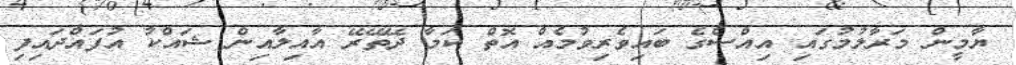
ޔާމީން މަރާލުމުގައި އިއްސެގެ ބައިވެރިވުމެއް އޮތް ކަމާ ދޭތޭރޭ އާއިލާއިން ޝައްކު އުފައްދައިފި